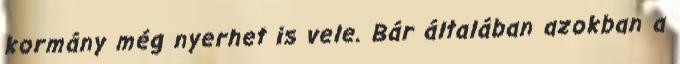
kormány még nyerhet is vele. Bár általában azokban a